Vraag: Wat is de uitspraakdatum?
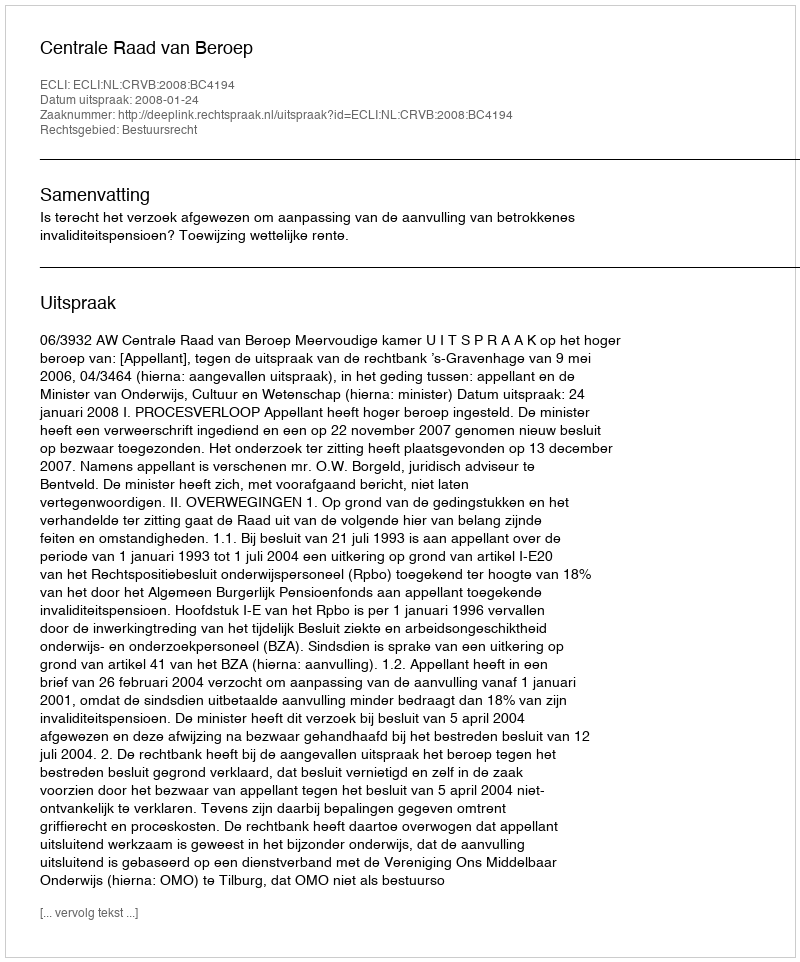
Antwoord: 2008-01-24